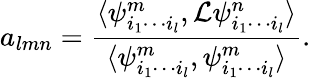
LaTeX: a_{lmn}=\frac{\langle\psi_{i_{1}\cdots i_{l}}^{m},\mathcal{L}\psi_{i_{1}\cdots i_{l}}^{n}\rangle}{\langle\psi_{i_{1}\cdots i_{l}}^{m},\psi_{i_{1}\cdots i_{l}}^{m}\rangle}.